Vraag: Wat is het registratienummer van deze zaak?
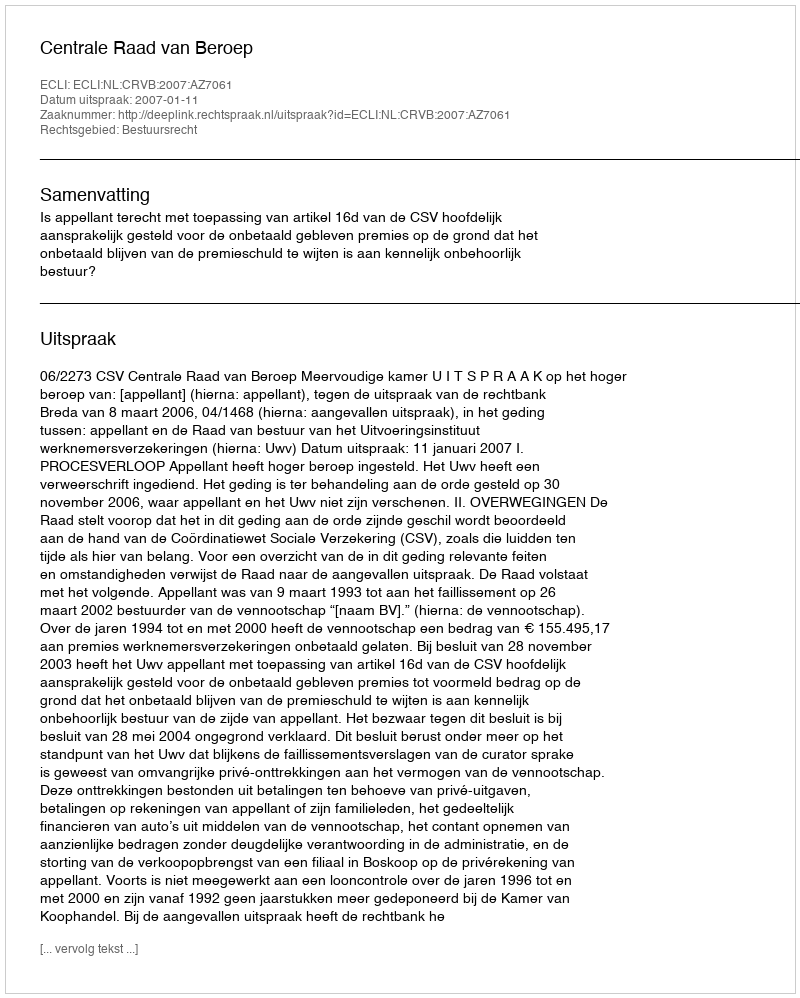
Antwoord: http://deeplink.rechtspraak.nl/uitspraak?id=ECLI:NL:CRVB:2007:AZ7061